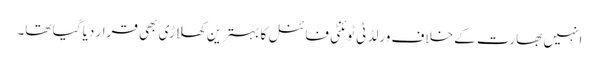
انہیں بھارت کے خلاف ورلڈ ٹی ٹوئنٹی فائنل کا بہترین کھلاڑی بھی قرار دیا گیا تھا۔